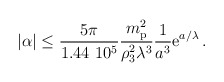
\begin{align*} |\alpha|\le {5\pi\over 1.44 ~10^5}{m_{\rm p}^2\over\rho_3^2\lambda^3}{1\over a^3}{\rm e}^{a/\lambda}\,.\end{align*}